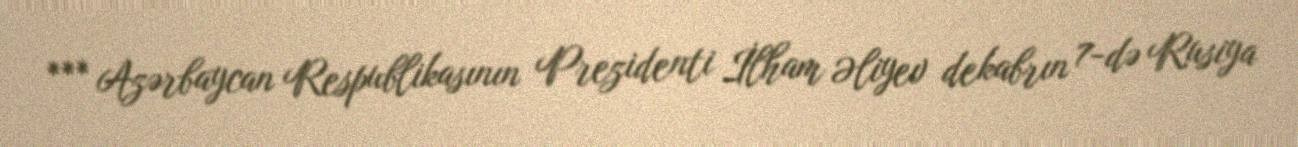
*** Azərbaycan Respublikasının Prezidenti İlham Əliyev dekabrın 7-də Rusiya